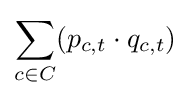
\sum _{c\in C}(p_{c,t}\cdot q_{c,t})